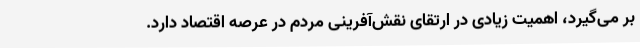
بر می‌گیرد، اهمیت زیادی در ارتقای نقش‌آفرینی مردم در عرصه اقتصاد دارد.